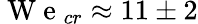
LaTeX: \mathrm{~W~e~}_{cr}\approx 11\pm 2